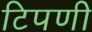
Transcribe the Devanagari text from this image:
टिपणी